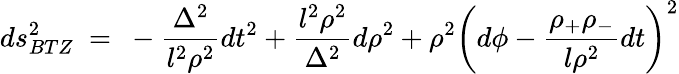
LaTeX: ds_{BTZ}^{2}~=~-\frac{\Delta^{2}}{l^{2}\rho^{2}}dt^{2}+\frac{l^{2}\rho^{2}}{\Delta^{2}}d\rho^{2}+\rho^{2}\left(d\phi-\frac{\rho_{+}\rho_{-}}{l\rho^{2}}dt\right)^{2}